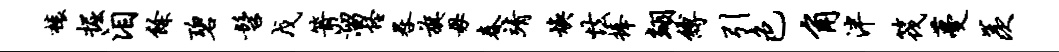
榱掘泪余碧髫戊箭溜怪晷旗毋春靖焕怯捧翊缚引色角泮筏蔓羡